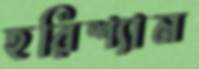
হরিশ্যাম